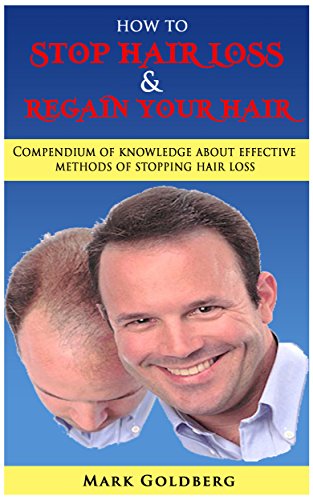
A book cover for How To Stop Hair Loss & Regain Your Hair: Compendium of Knowledge about effective methods of stopping hair loss; Mark Goldberg; Health, Fitness & Dieting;